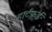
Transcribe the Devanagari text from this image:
हार्टफ़र्ड